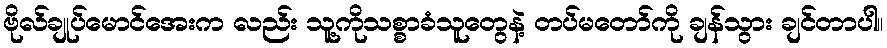
ဗိုလ်ချုပ်မောင်အေးက လည်း သူ့ကိုသစ္စာခံသူတွေနဲ့ တပ်မတော်ကို ချန်သွား ချင်တာပါ။